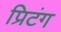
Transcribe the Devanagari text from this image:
प्रिटंग